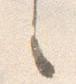
之